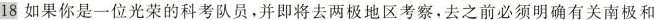
18如果你是一位光荣的科考队员，并即将去两极地区考察，去之前必须明确有关南极和